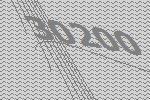
30200